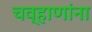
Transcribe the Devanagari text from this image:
चव्हाणांना